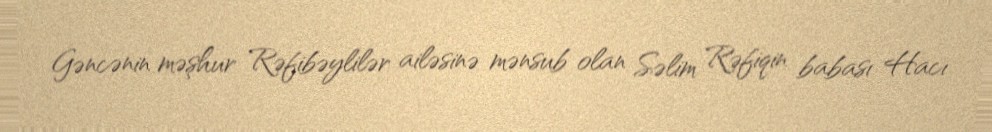
Gəncənin məşhur Rəfibəylilər ailəsinə mənsub olan Səlim Rəfiqin babası Hacı